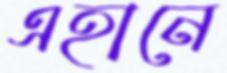
এহানে